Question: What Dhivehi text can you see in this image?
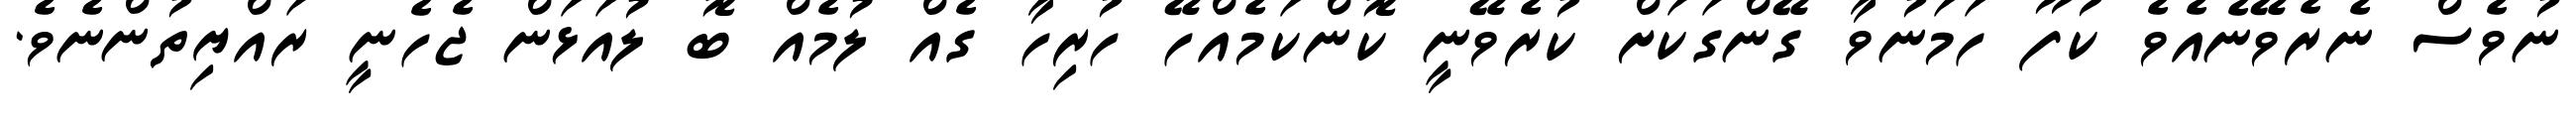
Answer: ނުވެސް ނެރެވޭނެއެވެ ކުފޫ ހަމަނުވާ ގޭންގަކަށް ކުރެވޭނީ ކޮންކަމެއްހޭ ހުރިހާ ގެއް ލުމެއް ބޮ ލުއަޅަން ޖެހެނީ ރައްޔިތުންނެވެ.